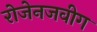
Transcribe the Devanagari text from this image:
रोजेनजवीग